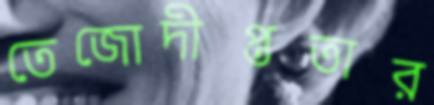
তেজোদীপ্ততার